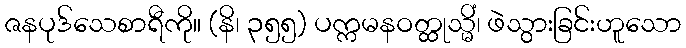
ဇနပုဒ်သေစာရီကို။ (နိ၊ ၃၅၅) ပက္ကမနဝတ္ထုသ္မိံ၊ ဖဲသွားခြင်းဟူသော